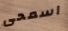
اسمحى